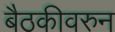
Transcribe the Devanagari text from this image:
बैठकीवरुन